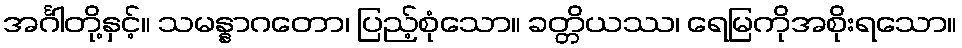
အင်္ဂါတို့နှင့်။ သမန္နာဂတော၊ ပြည့်စုံသော။ ခတ္တိယဿ၊ ရေမြကိုအစိုးရသော။